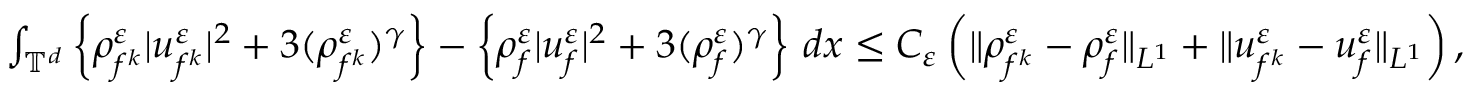
\begin{array} { r } { \int _ { \mathbb T ^ { d } } \left\{ \rho _ { f ^ { k } } ^ { \varepsilon } | u _ { f ^ { k } } ^ { \varepsilon } | ^ { 2 } + 3 ( \rho _ { f ^ { k } } ^ { \varepsilon } ) ^ { \gamma } \right\} - \left\{ \rho _ { f } ^ { \varepsilon } | u _ { f } ^ { \varepsilon } | ^ { 2 } + 3 ( \rho _ { f } ^ { \varepsilon } ) ^ { \gamma } \right\} \, d x \le C _ { \varepsilon } \left( \| \rho _ { f ^ { k } } ^ { \varepsilon } - \rho _ { f } ^ { \varepsilon } \| _ { L ^ { 1 } } + \| u _ { f ^ { k } } ^ { \varepsilon } - u _ { f } ^ { \varepsilon } \| _ { L ^ { 1 } } \right) , } \end{array}